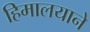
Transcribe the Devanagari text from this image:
हिमालयाने